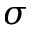
\sigma